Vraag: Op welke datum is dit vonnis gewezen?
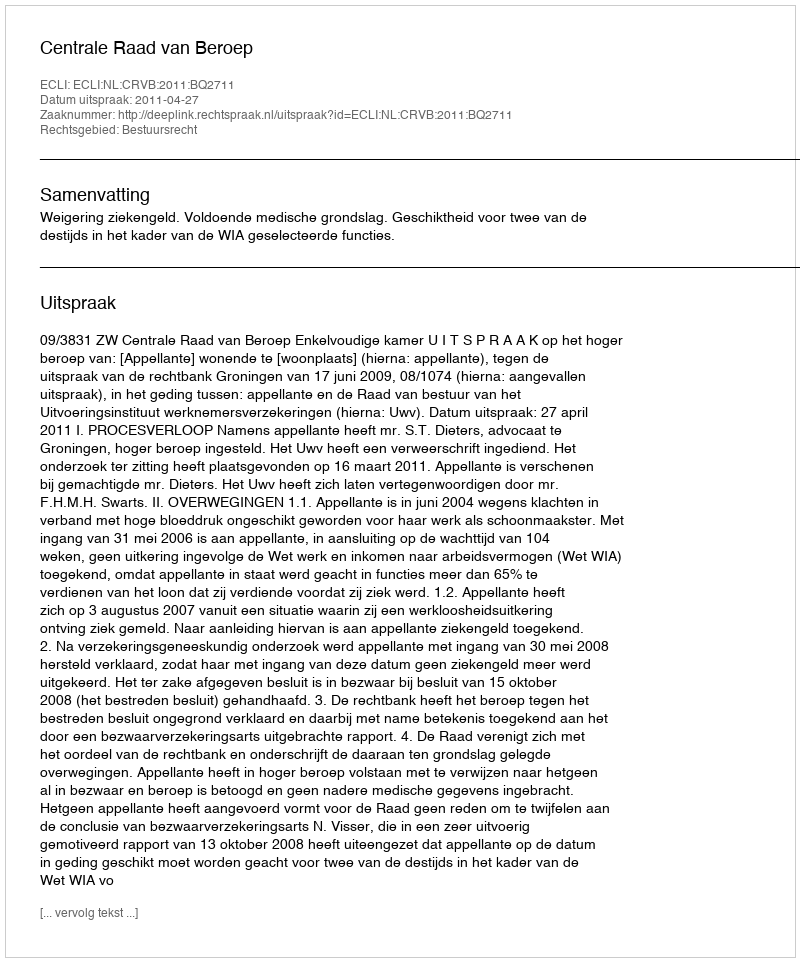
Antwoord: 2011-04-27